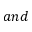
a n d